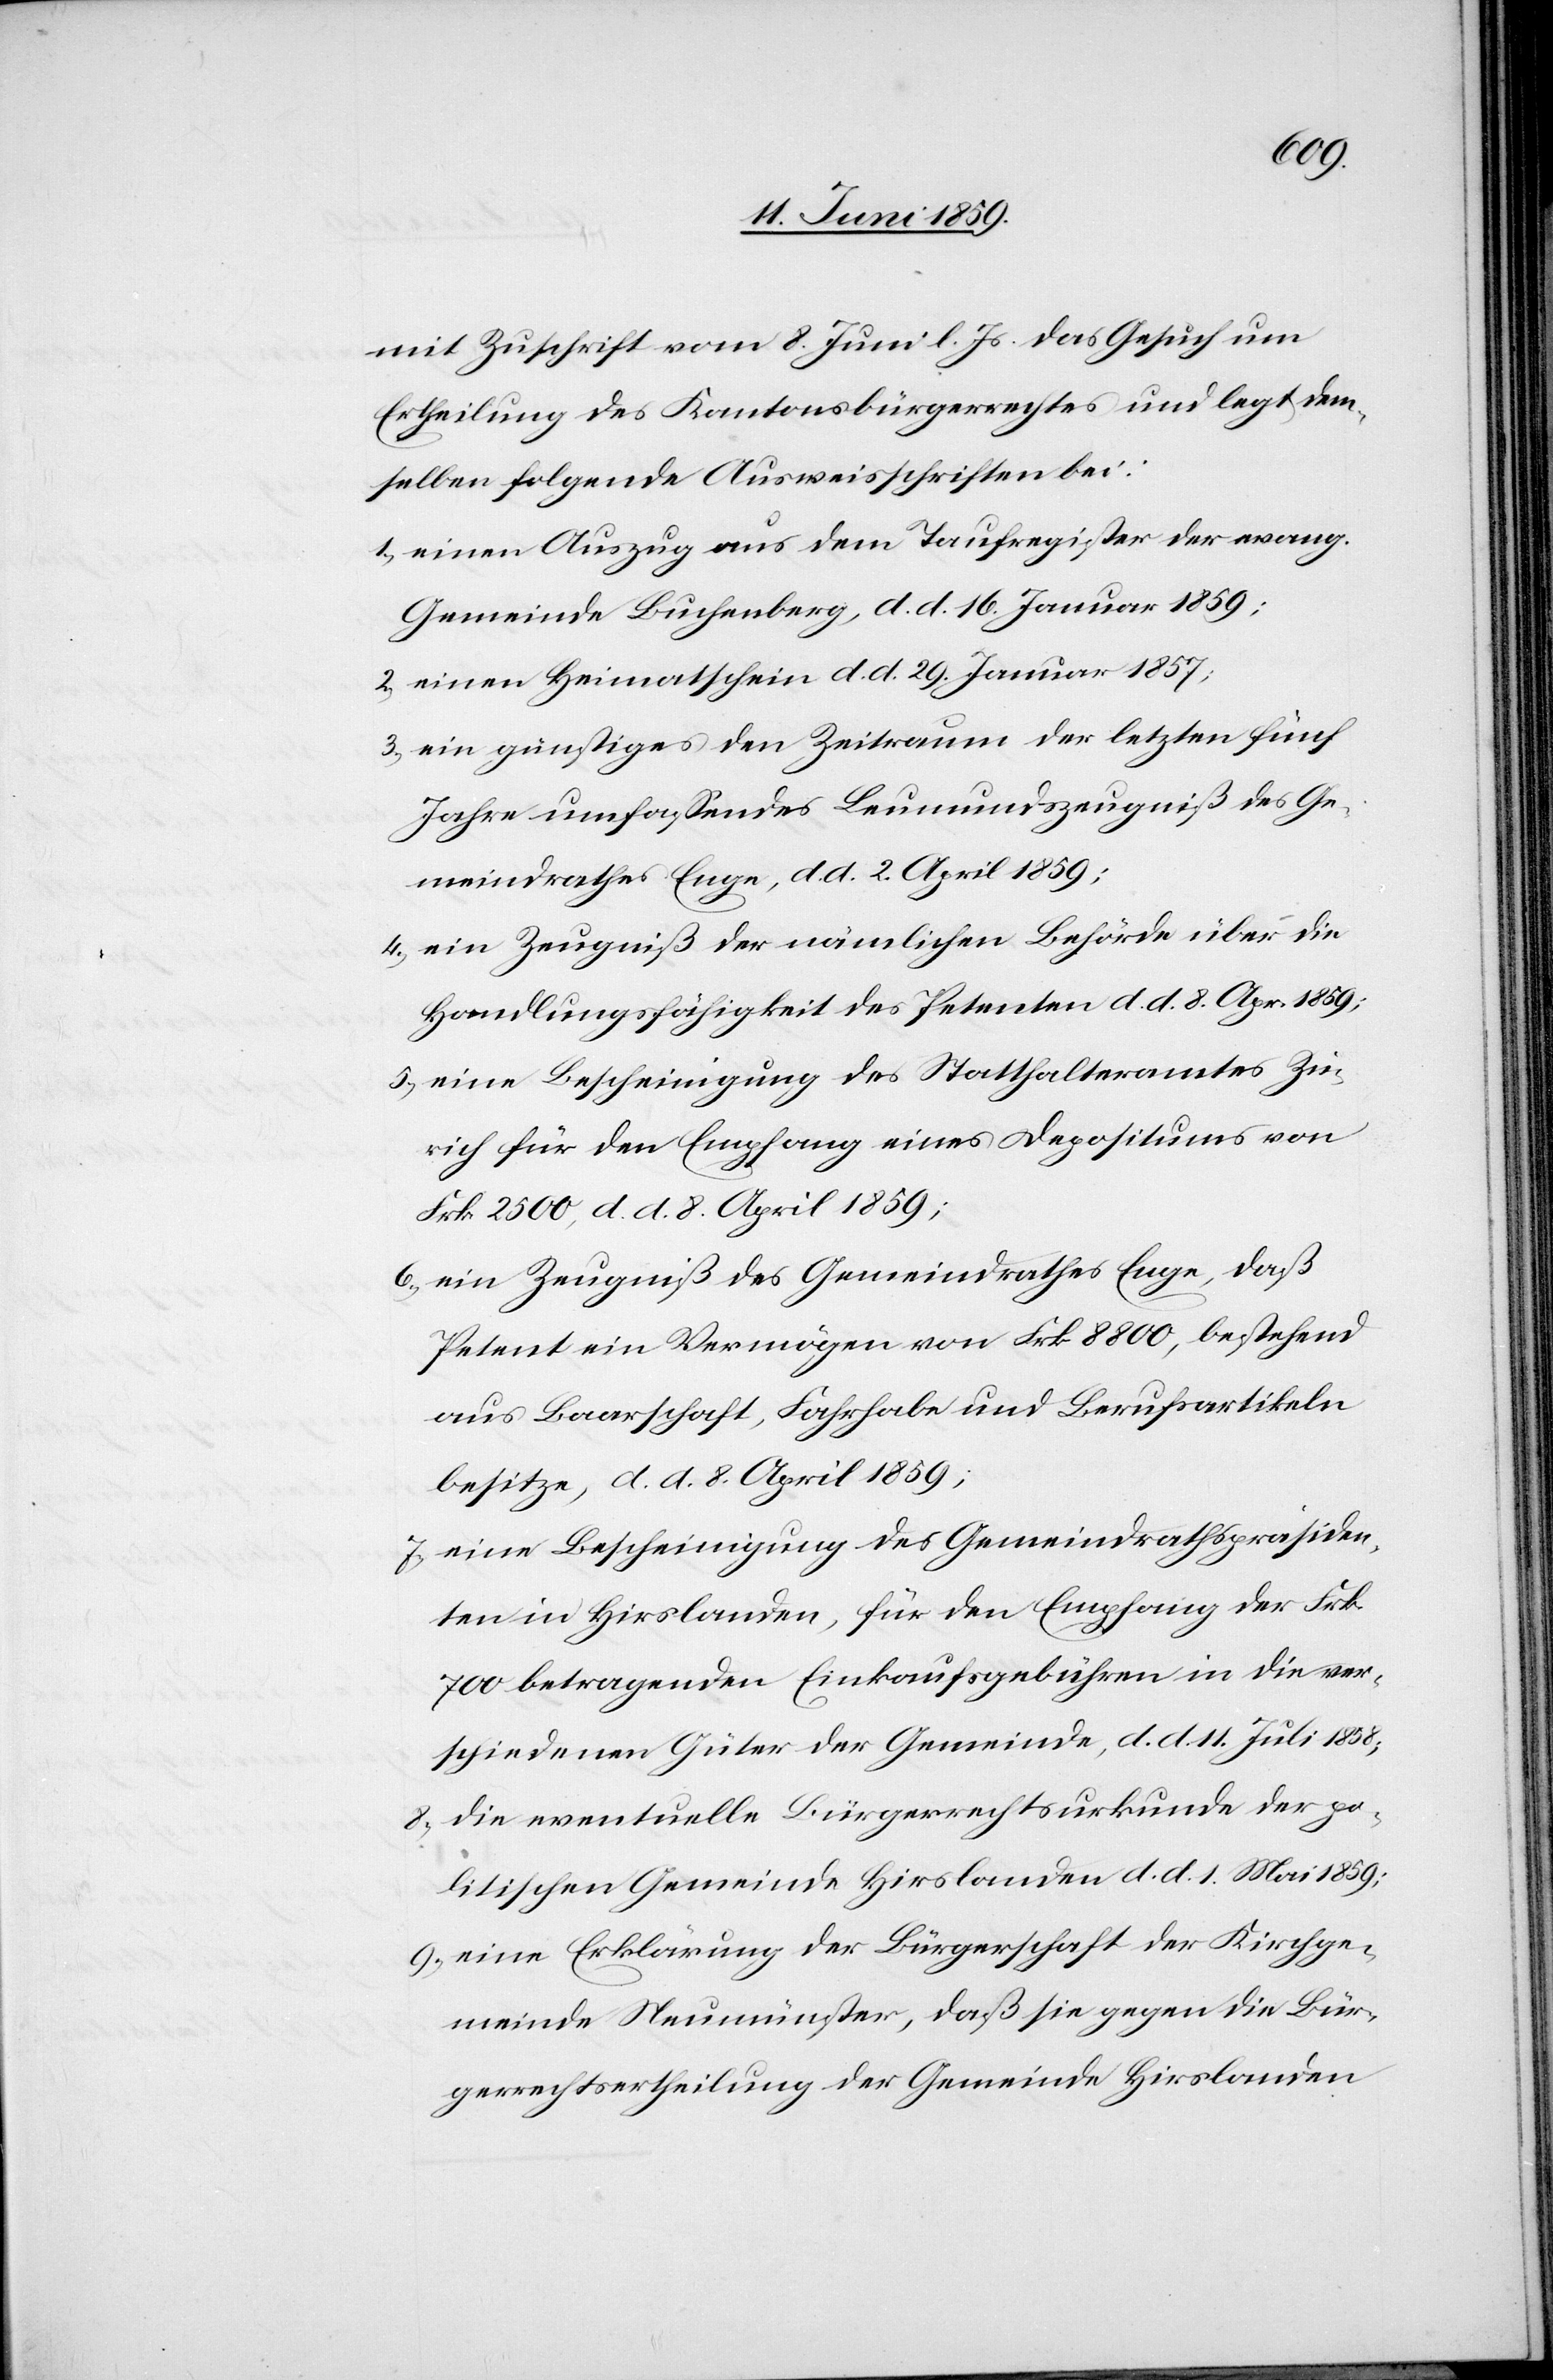
mit Zuschrift vom 8. Juni l. Js. das Gesuch um
Ertheilung des Kantonsbürgerrechtes und legt dem¬
selben folgende Ausweisschriften bei:
1) einen Auszug aus dem Taufregister der evang.
Gemeinde Buchenberg, d. d. 16. Januar 1859;
2) einen Heimatschein d. d. 29. Januar 1857;
Ein günstiges den Zeitraum der letzten fünf
Jahre umfassendes Leumundszeugniß des Ge¬
meindrathes Enge, d. d. 2. April 1859;
4) ein Zeugniß der nämlichen Behörde über die
Handlungsfähigkeit des Petenten d. d. 8. Apr. 1859;
5) eine Bescheinigung des Statthalteramtes Zü¬
rich für den Empfang eines Depositums von
Frk. 2500, d. d. 8. April 1859;
6) ein Zeugniß des Gemeindrathes Enge, daß
Petent ein Vermögen von Frk. 8800, bestehend
aus Baarschaft, Fahrhabe und Berufsartikeln
besitze, d. d. 8. April 1859;
7) eine Bescheinigung des Gemeindrathspräsiden¬
ten in Hirslanden, für den Empfang der Frk.
700 betragenden Einkaufsgebühren in die ver¬
schiedenen Güter der Gemeinde, d. d. 11. Juli 1858;
8) die eventuelle Bürgerrechtsurkunde der po¬
litischen Gemeinde Hirslanden d. d. 1. Mai 1859;
9) eine Erklärung der Bürgerschaft der Kirchge¬
meinde Neumünster, daß sie gegen die Bür¬
gerrechtsertheilung der Gemeinde Hirslanden